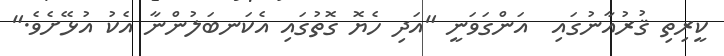
ކީރިތި ޤުރުއާނުގައި  އަންގަވަނީ "އަދި ހެޔޮ ގޮތުގައި އެކަނބަލުންނާ އެކު އުޅޭށެވެ."